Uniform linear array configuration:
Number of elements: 12
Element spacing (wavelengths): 0.75
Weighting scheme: hamming
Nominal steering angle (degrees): -45
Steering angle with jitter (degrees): -44.769
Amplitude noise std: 0.05
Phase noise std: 0.05

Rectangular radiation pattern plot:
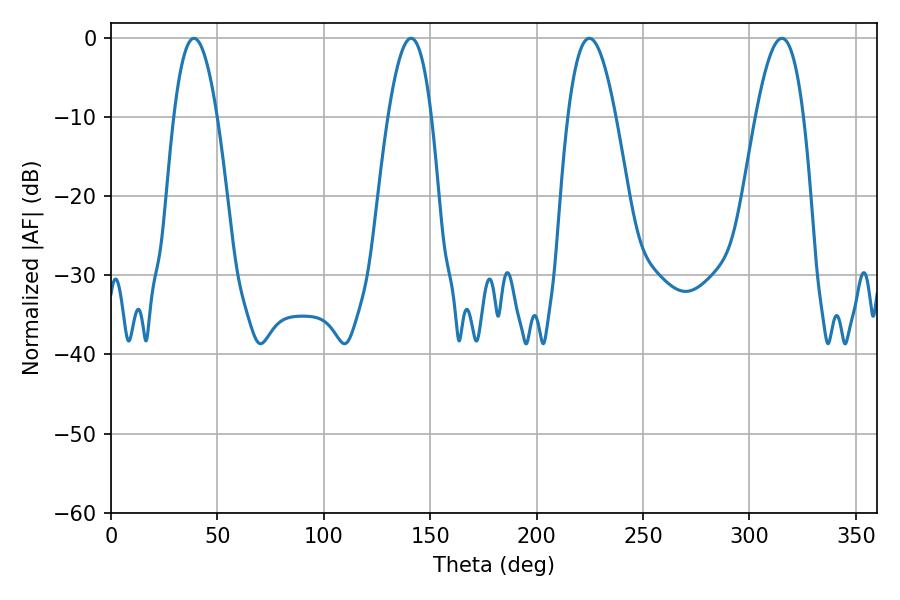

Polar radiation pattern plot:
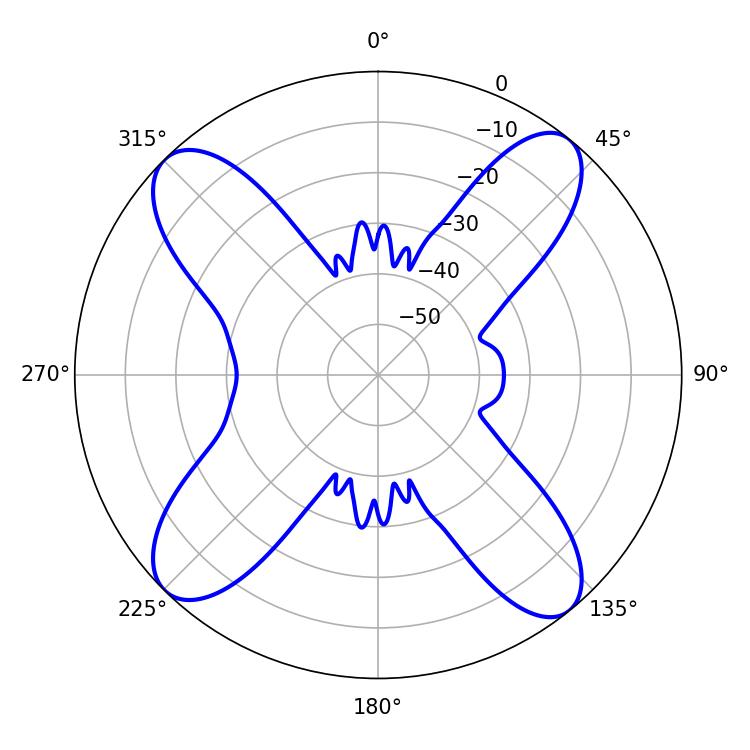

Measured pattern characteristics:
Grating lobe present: TRUE
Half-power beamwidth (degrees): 12.24
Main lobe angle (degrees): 224.82